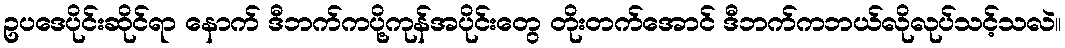
ဥပဒေပိုင်းဆိုင်ရာ နောက် ဒီဘက်ကပို့ကုန်အပိုင်းတွေ တိုးတက်အောင် ဒီဘက်ကဘယ်လိုလုပ်သင့်သလဲ။